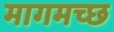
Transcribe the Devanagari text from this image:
मागमच्छ